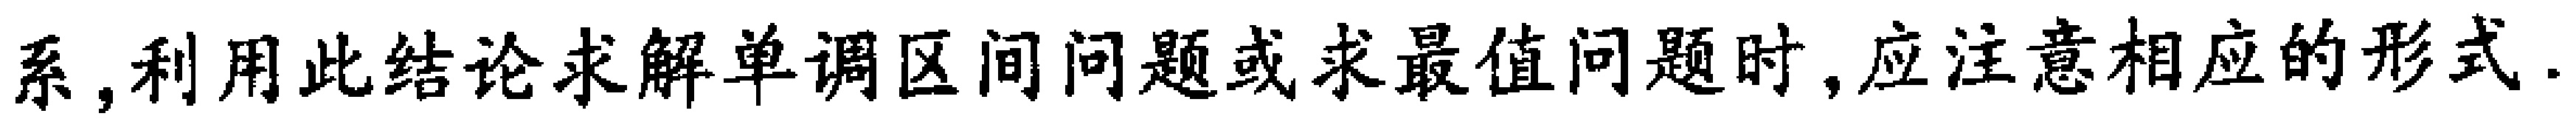
系, 利用此结论求解单调区间问题或求最值问题时, 应注意相应的形式.